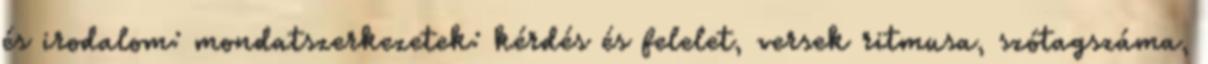
és irodalom: mondatszerkezetek: kérdés és felelet, versek ritmusa, szótagszáma,